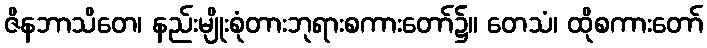
ဇိနဘာသိတေ၊ နည်းမျိုးစုံတားဘုရားစကားတော်၌။ တေသံ၊ ထိုစကားတော်